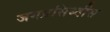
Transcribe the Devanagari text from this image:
जगप्रसिध्दीस